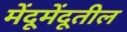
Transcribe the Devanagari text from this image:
मेंदूमेंदूतील